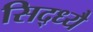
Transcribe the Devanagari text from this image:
सिद्ध्यै